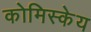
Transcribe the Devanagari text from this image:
कोमिस्केय